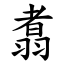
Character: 翥